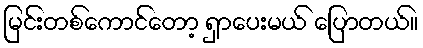
မြင်းတစ်ကောင်တော့ ရှာပေးမယ် ပြောတယ်။